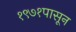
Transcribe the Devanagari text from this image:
१९७१पासून